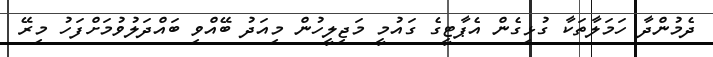
ދެމުންދާ ހަމަލާތަކާ ގުޅިގެން އެޕާޓީގެ ގައުމީ މަޖިލީހުން މިއަދު ބޭއްވި ބައްދަލުވުމަށްފަހު މިރޭ